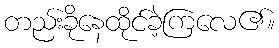
တည်းခိုနေထိုင်ခဲ့ကြလေ၏။